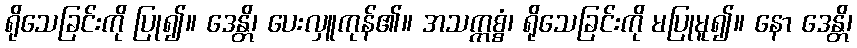
ရိုသေခြင်းကို ပြု၍။ ဒေန္တိ၊ ပေးလှူကုန်၏။ အသက္ကစ္စံ၊ ရိုသေခြင်းကို မပြုမူ၍။ နော ဒေန္တိ၊